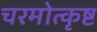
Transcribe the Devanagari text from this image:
चरमोत्कृष्ट